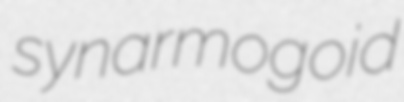
synarmogoid